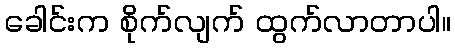
ခေါင်းက စိုက်လျက် ထွက်လာတာပါ။